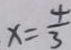
x = \frac { 4 } { 3 }